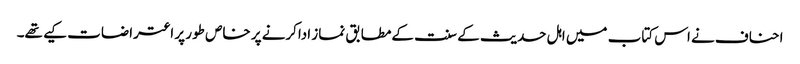
احناف نے اس کتاب میں اہل حدیث کے سنت کےمطابق نماز اداکرنے پر خاص طور پر اعتراضات کیے تھے۔